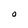
Character: O